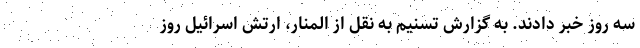
سه روز خبر دادند. به گزارش تسنیم به نقل از المنار، ارتش اسرائیل روز